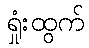
ရှုံးထွက်